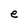
Character: e